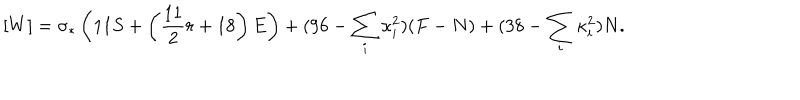
[ W ] = \sigma _ { * } \left( 1 1 S + \left( { \frac { 1 1 } { 2 } } r + 1 8 \right) E \right) + ( 9 6 - \sum _ { i } \kappa _ { i } ^ { 2 } ) ( F - N ) + ( 3 8 - \sum _ { i } \kappa _ { i } ^ { 2 } ) N .